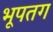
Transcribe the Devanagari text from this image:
भूपतग